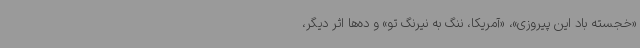
«خجسته باد این پیروزی»، «آمریکا، ننگ به نیرنگ تو» و ده‌ها اثر دیگر،